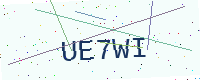
Text: UE7WI